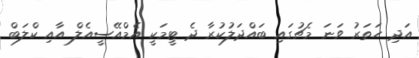
އަދި ހަތަރު ވަނަ މެޗުގައި ބައްދަލުކުރާ ދެ ޓީމަކީ އެމްއޭސީއެލް އާއި ކްލަބް